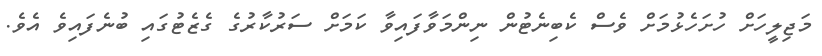
މަޖިލީހަށް ހުށަހެޅުމަށް ވެސް ކެބިނެޓުން ނިންމަވާފައިވާ ކަމަށް ސަރުކާރުގެ ގެޒެޓުގައި ބުނެފައިވެ އެވެ.